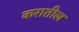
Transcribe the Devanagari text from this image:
करातील